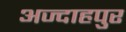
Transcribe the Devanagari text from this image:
अज्दाहपुर